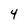
Character: 4